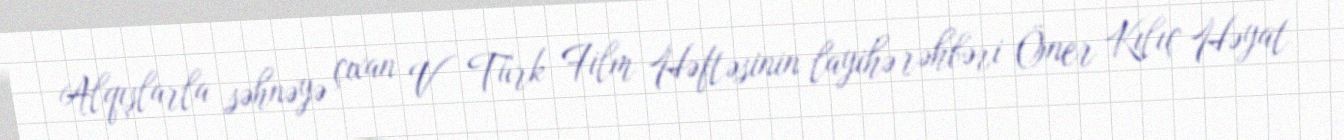
Alqışlarla səhnəyə çıxan V Türk Film Həftəsinin layihə rəhbəri Öner Kılıç Həyat